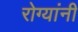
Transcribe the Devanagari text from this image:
रोग्यांनी